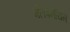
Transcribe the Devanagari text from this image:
मेलबर्नीयन